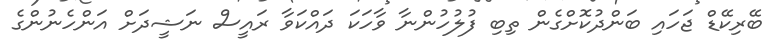
ބޭރިކޭޑް ޖަހައި ބަންދުކޮށްގެން ތިބި ފުލުހުންނާ ވާހަކަ ދައްކަވާ ރައީސް ނަޝީދަށް އަންހެނުންގެ